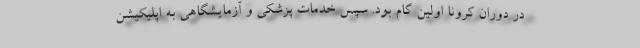
در دوران کرونا اولین گام بود. سپس خدمات پزشکی و آزمایشگاهی به اپلیکیشن